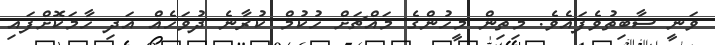
ވަނީ ސާބިތުވެފައެވެ. މިތިން މީހުންގެ މައްޗަށް ހުކުމް ކުރާނެ ދުވަހެއް އަދި ހާމަކޮށްފައި